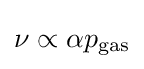
\nu \propto \alpha p_{\mathrm {gas} }